Punjab Mental Hospital Lahore 1922-31 - 1922-1931
Year: 1922
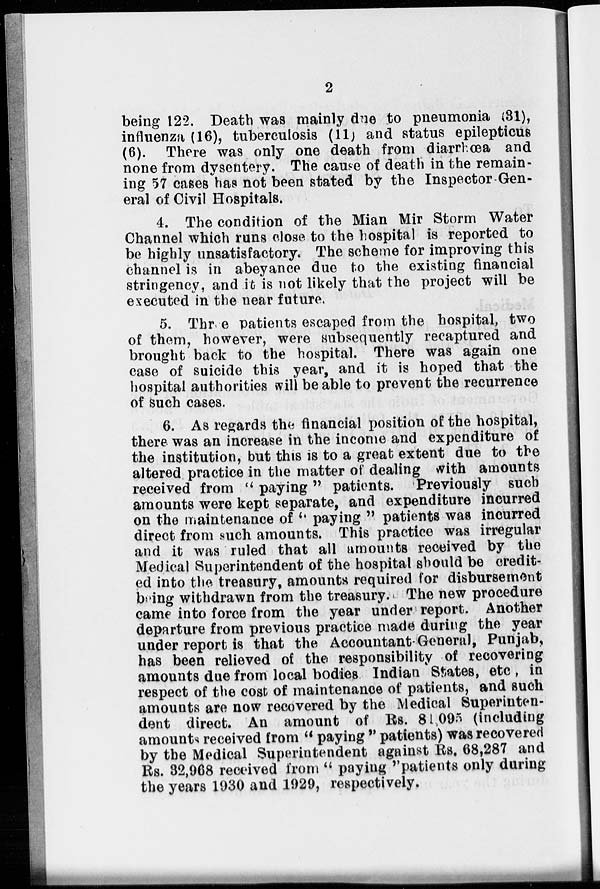
2
being 122. Death was mainly due to pneumonia (31),
influenza (16), tuberculosis (11) and status epilepticus
(6). There was only one death from diarrhœa and
none from dysentery. The cause of death in the remain-
ing 57 cases has not been stated by the Inspector-Gen-
eral of Civil Hospitals.
4. The condition of the Mian Mir Storm Water
Channel which runs close to the hospital is reported to
be highly unsatisfactory. The scheme for improving this
channel is in abeyance due to the existing financial
stringency, and it is not likely that the project will be
executed in the near future.
5. Three patients escaped from the hospital, two
of them, however, were subsequently recaptured and
brought back to the hospital. There was again one
case of suicide this year, and it is hoped that the
hospital authorities will be able to prevent the recurrence
of such cases.
6. As regards the financial position of the hospital,
there was an increase in the income and expenditure of
the institution, but this is to a great extent due to the
altered practice in the matter of dealing with amounts
received from " paying " patients. Previously such
amounts were kept separate, and expenditure incurred
on the maintenance of " paying " patients was incurred
direct from such amounts. This practice was irregular
and it was ruled that all amounts received by the
Medical Superintendent of the hospital should be credit-
ed into the treasury, amounts required for disbursement
being withdrawn from the treasury. The new procedure
came into force from the year under report. Another
departure from previous practice made during the year
under report is that the Accountant-General, Punjab,
has been relieved of the responsibility of recovering
amounts due from local bodies Indian States, etc , in
respect of the cost of maintenance of patients, and such
amounts are now recovered by the Medical Superinten-
dent direct. An amount of Rs. 81,095 (including
amounts received from " paying " patients) was recovered
by the Medical Superintendent against Rs. 68,287 and
Rs. 32,968 received from " paying "patients only during
the years 1930 and 1929, respectively.